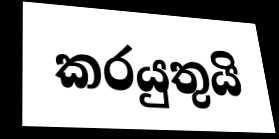
කරයුතුයි